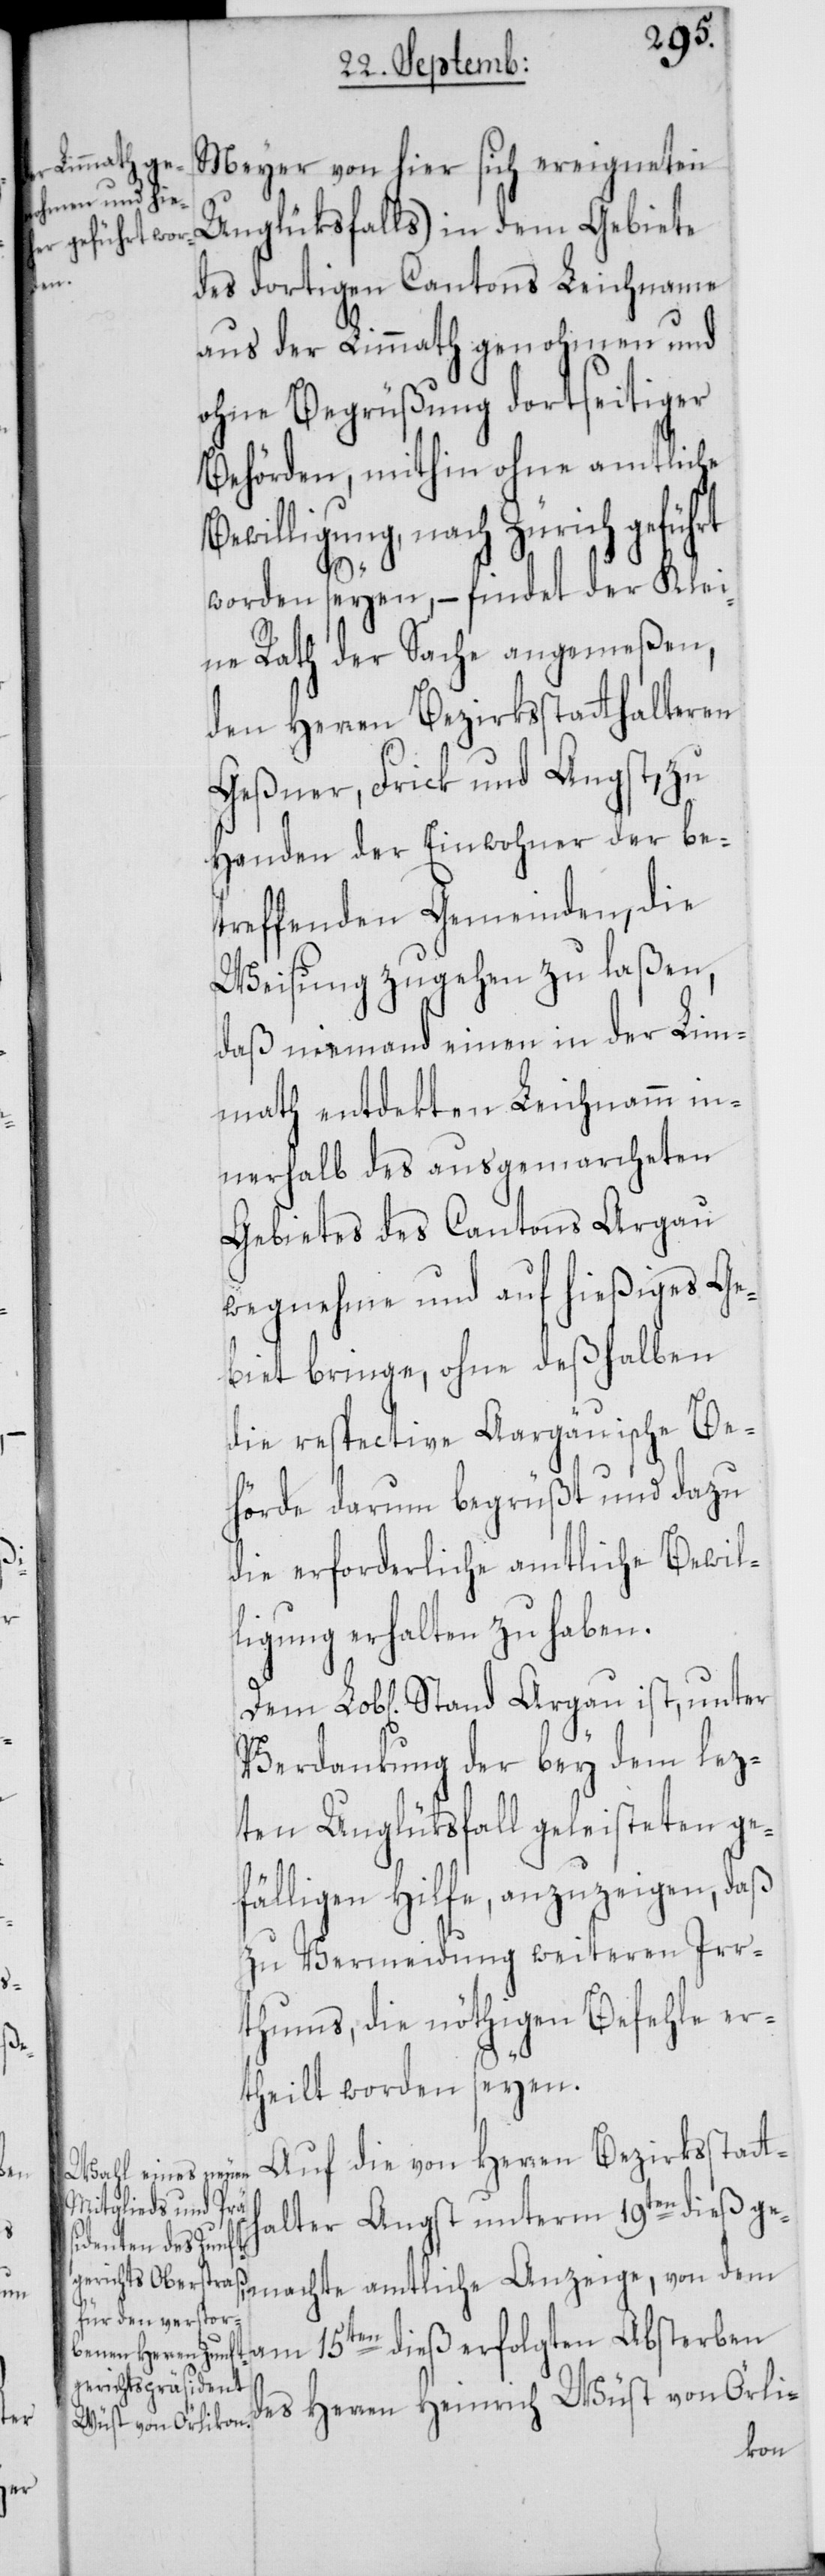
An¬

Meyer von hier sich ereigneten
Unglüksfalls) in dem Gebiete
des dortigen Cantons Leichname
aus der Limmath genohmen und
ohne Begrüßung dortseitiger
Behörden, mithin ohne amtliche
Bewilligung, nach Zürich geführt
hte
worden seyen, – findet der Klei¬
ne Rath der Sache angemeßen,
den Herren Bezirksstatthalteren
Geßner, Frick und Angst, zu
Handen der Einwohner der be¬
treffenden Gemeinden, die
Weisung zugehen zu laßen,
daß niemand einen in der Lim¬
math entdekten Leichnamm in¬
nerhalb des ausgemarcheten
Gebietes des Cantons Argau
wegnehme und auf hießiges Ge¬
biet bringe, ohne deßhalben
die respective Aargäuische Be¬
hörde darum begrüßt und dazu
die erforderliche amtliche Bewil¬
ligung erhalten zu haben.
Verdankung der bey dem lez¬
ten Unglüksfall geleisteten ge¬
fälligen Hilfe, anzuzeigen, daß
zu Vermeidung weiteren Irr¬
thums, die nöthigen Befehle er¬
theilt worden seyen.
Auf die von Herren Bezirksstatth¬
alter Angst unterm 19ten dieß ge¬
zeige, von dem am 15ten dieß erfolgten Absterben
des Herren Heinrich Wüst von Örli-